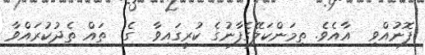
ފޮނުއްވި  އާއެވެ. ތިމަންކަލޭގެފާނުގެ ކުރީގައިވާ  ގެ  ތައް ތެދުކުރައްވާ